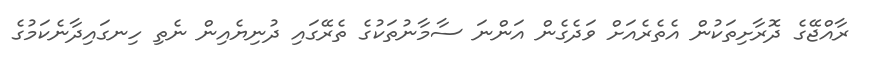
ރާއްޖޭގެ ދޮރާށިތަކުން އެތެރެއަށް ވަދެގެން އަންނަ ސާމާނުތަކުގެ ތެރޭގައި ދުނިޔެއިން ނެތި ހިނގައިދާނެކަމުގެ